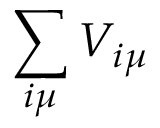
\sum _ { i \mu } V _ { i \mu }